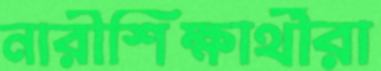
নারীশিক্ষার্থীরা